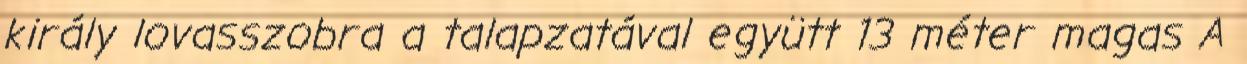
király lovasszobra a talapzatával együtt 13 méter magas A